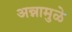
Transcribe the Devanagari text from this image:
अन्नामुळे